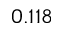
0 . 1 1 8